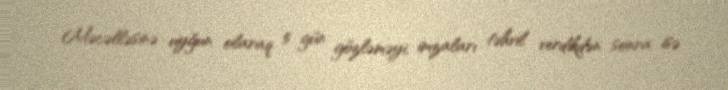
Məcəlləsinə uyğun olaraq 5 gün gözləməyi, imzaları təhvil verdikdən sonra isə